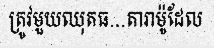
ត្រូវមួយឈុតធ...តារាម៉ូដែល